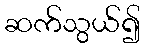
ဆက်သွယ်၍